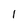
Character: 1